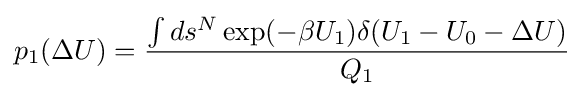
p_{1}(\Delta U)={\frac {\int ds^{N}\exp(-\beta U_{1})\delta (U_{1}-U_{0}-\Delta U)}{Q_{1}}}